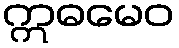
ဣဓမေဝ